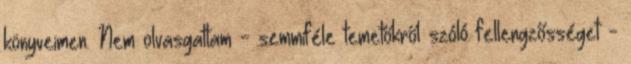
könyveimen. Nem olvasgattam - semmiféle temetőkről szóló fellengzősséget -